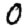
Digit: 0